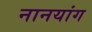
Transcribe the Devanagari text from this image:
नानयांग